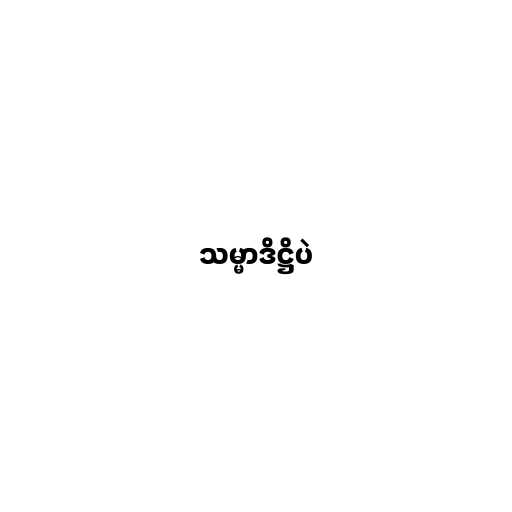
သမ္မာဒိဋ္ဌိပဲ